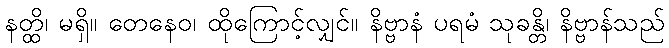
နတ္ထိ၊ မရှိ။ တေနေဝ၊ ထိုကြောင့်လျှင်။ နိဗ္ဗာနံ ပရမံ သုခန္တိ၊ နိဗ္ဗာန်သည်